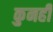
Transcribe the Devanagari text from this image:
कुनही